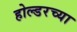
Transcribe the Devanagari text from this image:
होल्डरच्या